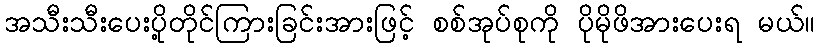
အသီးသီးပေးပို့တိုင်ကြားခြင်းအားဖြင့် စစ်အုပ်စုကို ပိုမိုဖိအားပေးရ မယ်။